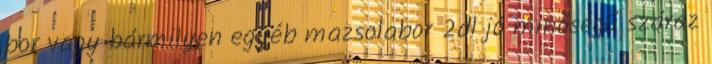
bor vagy bármilyen egyéb mazsolabor 2dl jó minőségű száraz